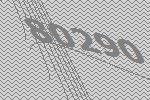
80290